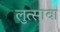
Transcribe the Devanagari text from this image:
लुत्सावा